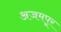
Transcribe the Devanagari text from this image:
अजमपूर